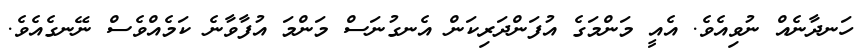
ހަނދާނެއް ނުވިއެވެ. އެއީ މަންމަގެ އުފަންދަރިކަން އެނގުނަސް މަންމަ އުފާވާނެ ކަމެއްވެސް ނޭނގެއެވެ.